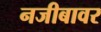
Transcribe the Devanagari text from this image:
नजीबावर